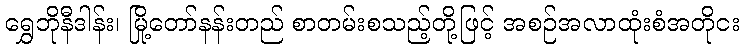
ရွှေဘိုနီဒါန်း၊ မြို့တော်နန်းတည် စာတမ်းစသည့်တို့ဖြင့် အစဉ်အလာထုံးစံအတိုငး